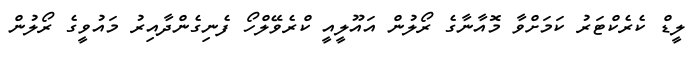
ލީޑް ކެރެކްޓަރު ކަމަށްވާ މޮއާނާގެ ރޯލުން އައޫލީއީ ކްރެވޭލްހޯ ފެނިގެންދާއިރު މައުވީގެ ރޯލުން